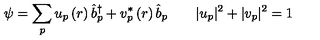
\psi = \sum _ { p } u _ { p } \left( r \right) \hat { b } _ { p } ^ { \dagger } + v _ { p } ^ { * } \left( r \right) \hat { b } _ { p } \qquad | u _ { p } | ^ { 2 } + | v _ { p } | ^ { 2 } = 1